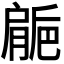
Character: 𱼘